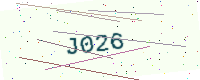
Text: J026